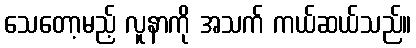
သေတော့မည့် လူနာကို အသက် ကယ်ဆယ်သည်။